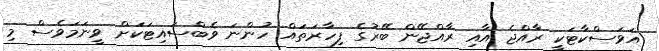
އަވަސްކާޓަކީ ރާއްޖެ އާއި ރާއްޖޭން ބޭރުގެ ފިހާރަތައް ހުންނަ ވެބްސައިޓަކަށް ވީނަމަވެސް މި